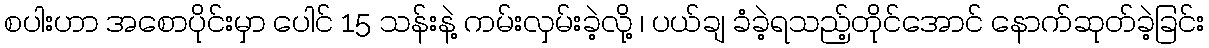
စပါးဟာ အစောပိုင်းမှာ ပေါင် 15 သန်းနဲ့ ကမ်းလှမ်းခဲ့လို့ ၊ ပယ်ချ ခံခဲ့ရသည့်တိုင်အောင် နောက်ဆုတ်ခဲ့ခြင်း